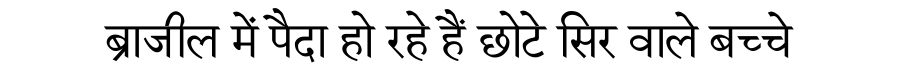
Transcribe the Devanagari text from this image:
ब्राजील में पैदा हो रहे हैं छोटे सिर वाले बच्चे